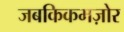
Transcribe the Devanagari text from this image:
जबकिकमज़ोर